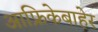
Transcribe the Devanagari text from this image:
आफ्रिकेबाहेर